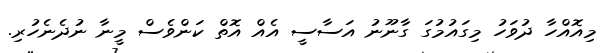
މިއޮއްހާ ދުވަހު މިގައުމުގަ ގާނޫނު އަސާސީ އެއް އޮތް ކަންވެސް މީނާ ނުދެނެހުރި.